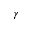
\gamma